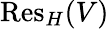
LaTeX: {\mathrm{Res}}_{H}(V)